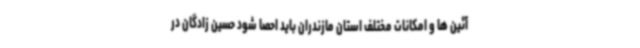
آئین ها و امکانات مختلف استان مازندران باید احصا شود حسین زادگان در